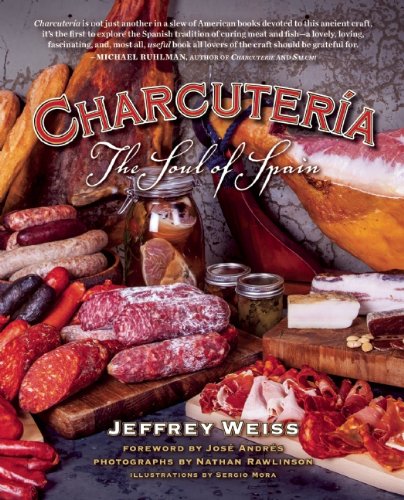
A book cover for CharcuterÃ­a: The Soul of Spain; Jeffrey Weiss; Cookbooks, Food & Wine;